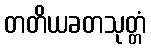
တတိယခတသုတ္တံ